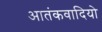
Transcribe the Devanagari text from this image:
आतंकवादियो